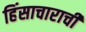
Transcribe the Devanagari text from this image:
हिंसाचाराची